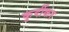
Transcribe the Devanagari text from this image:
कुर्दीकर